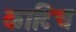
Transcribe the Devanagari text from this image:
काटिच